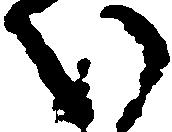
い